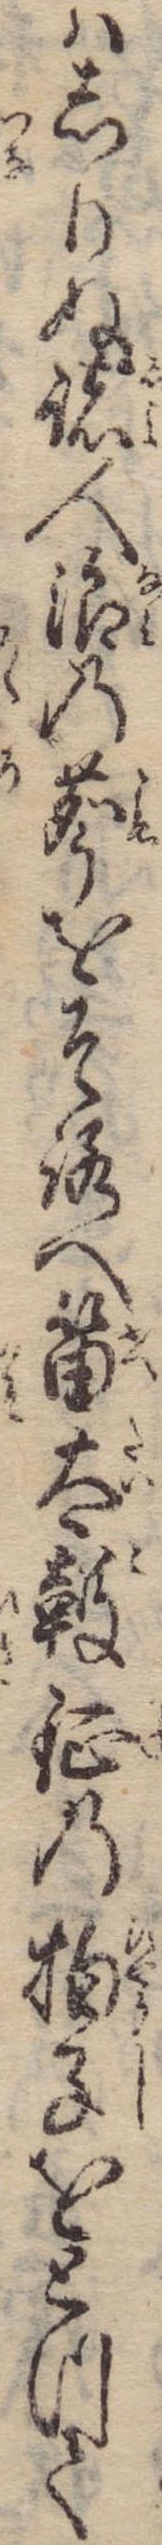
はしりぬ諸人浪の声をそろへ笛太鼓鉦の拍子をとつて